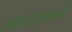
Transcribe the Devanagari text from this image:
आलापाने